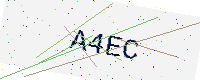
Text: A4EC